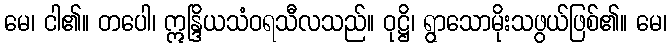
မေ၊ ငါ၏။ တပေါ၊ ဣန္ဒြိယသံဝရသီလသည်။ ဝုဋ္ဌိ၊ ရွာသောမိုးသဖွယ်ဖြစ်၏။ မေ၊